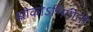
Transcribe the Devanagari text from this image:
श्लोकोऽभिगीतो